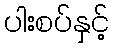
ပါးစပ်နှင့်